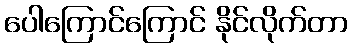
ပေါကြောင်ကြောင် နိုင်လိုက်တာ